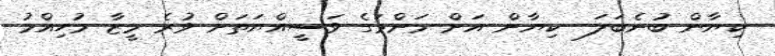
ކިޔާން ބުނެބަލަ  ކިޔާން އަށް މަންމަގެ ވަސީއްޔަތަށް ވުރެ މީޒާ މުހިއްމު